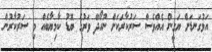
އަޅުގަނޑަށް ޔަގީން އެއްވެސް ސަރުކާރަކަށް ނުހޯދޭ ވަރުގެ ބޮޑު ކާމިޔާބެއް މި ސަރުކާރުން